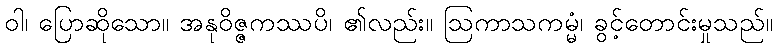
ဝါ၊ ပြောဆိုသော။ အနုဝိဇ္ဇကဿပိ၊ ၏လည်း။ ဩကာသကမ္မံ၊ ခွင့်တောင်းမှုသည်။